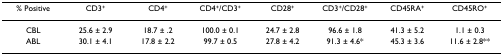
| % Positive | CD3+ | CD4+ | CD4+/CD3+ | CD28+ | CD3+/CD28+ | CD45RA+ | CD45RO+ |
 | --- | --- | --- | --- | --- | --- | --- | --- |
 | CBL | 25.6 ± 2.9 | 18.7 ± .2 | 100.0 ± 0.1 | 24.7 ± 2.8 | 96.6 ± 1.8 | 41.3 ± 5.2 | 1.1 ± 0.3 |
 | ABL | 30.1 ± 4.1 | 17.8 ± 2.2 | 99.7 ± 0.5 | 27.8 ± 4.2 | 91.3 ± 4.6* | 45.3 ± 3.6 | 11.6 ± 2.8** |